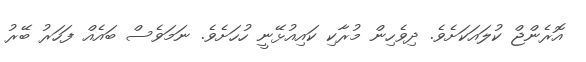
އޮރެންޖް ކުލައަކަށެވެ. ދިވެހިން މުރާކި ކައިއުޅޭނީ ހުހަށެވެ. ނަމަވެސް ބައެއް ފަހަރު ބޭރު